Report on vaccination North-West Frontier Province 1904-1922 - 1904-1922
Year: 1904
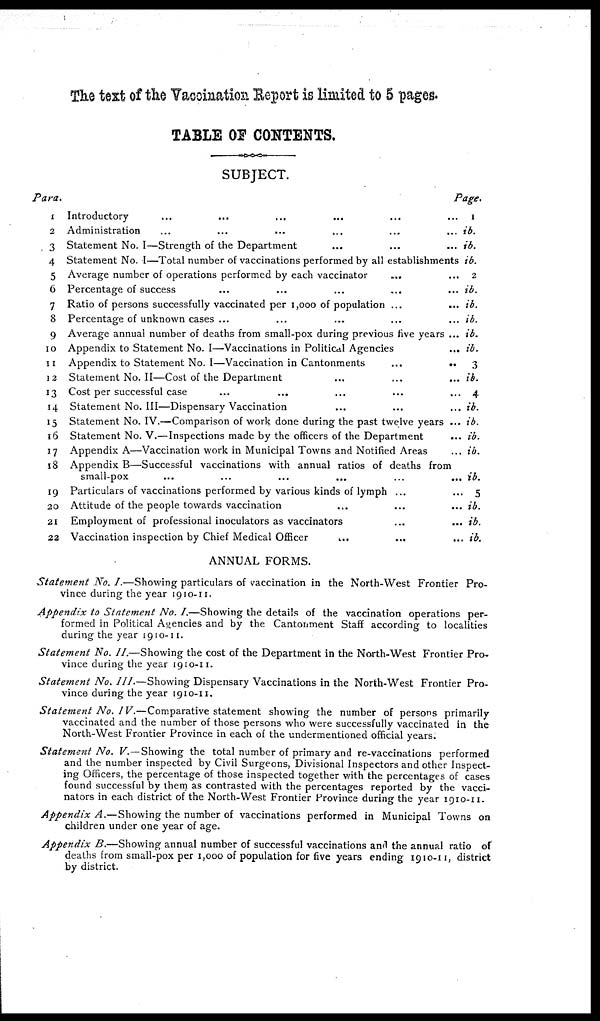
The text of the Vaccination Report is limited to 5 pages.
TABLE OF CONTENTS.
Para.
1
2
3
4
5
6
7
8
9
10
11
13
13
14
15
16
17
18
19
20
21
22
SUBJECT.
Introductory ... ... ... ... ... ...
Administration ... ... ... ... ... ...
Statement No. I—Strength of the Department ... ... ...
Statement No. I—Total number of vaccinations performed by all establishments
Average number of operations performed by each vaccinator ... ...
Percentage of success ... ... ... ... ...
Ratio of persons successfully vaccinated per 1,000 of population ... ...
Percentage of unknown cases ... ... ... ... ...
Average annual number of deaths from small-pox during previous five years ...
Appendix to Statement No. I—Vaccinations in Political Agencies
...
Appendix to Statement No. I—Vaccination in Cantonments
...
..
Statement No. II—Cost of the Department ... ... ...
Cost per successful case
...
... ... ... ...
Statement No. III—Dispensary Vaccination ... ... ...
Statement No. IV.—Comparison of work done during the past twelve years ...
Statement No. V.—Inspections made by the officers of the Department ...
Appendix A—Vaccination work in Municipal Towns and Notified Areas ...
Appendix B—Successful vaccinations with annual ratios of deaths from
small-pox
...
...
...
...
...
...
Particulars of vaccinations performed by various kinds of lymph ... ...
Attitude of the people towards vaccination ... ... ...
Employment of professional inoculators as vaccinators ... ...
Vaccination inspection by Chief Medical Officer
... ... ...
ANNUAL FORMS.
Page.
1
ib.
ib.
ib.
2
ib.
ib.
ib.
ib.
ib.
3
ib.
4
ib.
ib.
ib.
ib.
ib.
5
ib.
ib.
ib.
Statement No. I.—Showing particulars of vaccination in the North-West Frontier Pro-
vince during the year 1910-11.
Appendix to Statement No. I.—Showing the details of the vaccination operations per-
formed in Political Agencies and by the Cantonment Staff according to localities
during the year 1910-11.
Statement No. II.—Showing the cost of the Department in the North-West Frontier Pro-
vince during the year 1910-11.
Statement No. III.—Showing Dispensary Vaccinations in the North-West Frontier Pro-
vince during the year 1910-11.
Statement No. IV.—Comparative statement showing the number of persons primarily
vaccinated and the number of those persons who were successfully vaccinated in the
North-West Frontier Province in each of the undermentioned official years.
Statement No. V.— Showing the total number of primary and re-vaccinations performed
and the number inspected by Civil Surgeons, Divisional Inspectors and other Inspect-
ing Officers, the percentage of those inspected together with the percentages of cases
found successful by them as contrasted with the percentages reported by the vacci¬
nators in each district of the North-West Frontier Province during the year 1910-11.
Appendix A.—Showing the number of vaccinations performed in Municipal Towns on
children under one year of age.
Appendix B.—Showing annual number of successful vaccinations and the annual ratio of
deaths from small-pox per 1,000 of population for five years ending 1910-11, district
by district.